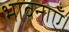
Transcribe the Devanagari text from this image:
भावनाएँ।